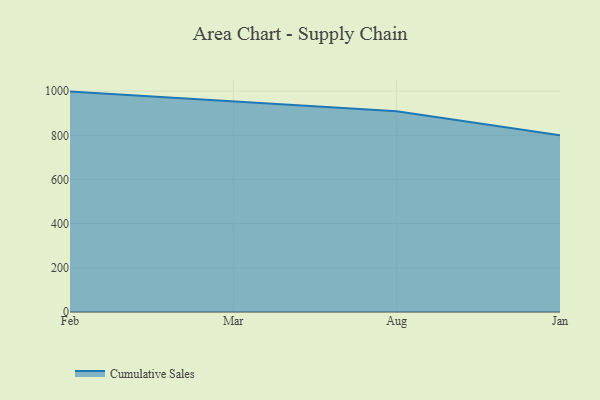
{"axis": {"x": "Month", "y": "Bounce Rate (%)"}, "legend": ["Cumulative Sales"], "data": [{"x": "Feb", "y": 997.9, "type": "Cumulative Sales"}, {"x": "Mar", "y": 953.4, "type": "Cumulative Sales"}, {"x": "Aug", "y": 908.6, "type": "Cumulative Sales"}, {"x": "Jan", "y": 800, "type": "Cumulative Sales"}]}